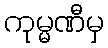
ကုမ္မဏီမှ